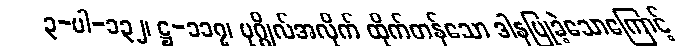
၃-ပါ-၁၃၂၊ ဋ္ဌ-၁၁၇၊ ပုဂ္ဂိုလ်အလိုက် ထိုက်တန်သော ဒါနပြုခဲ့သောကြောင့်